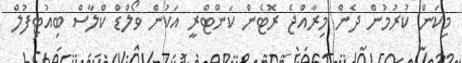
މިކަން ކުރުމުން ދެން މިރާއްޖެ ރޮޓެން ކަންޓްރީ އަކުން ވޯލްޑް ކްލާސް ބިއުޓިފުލް